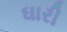
ઘારી